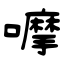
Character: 嚤